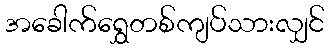
အခေါက်ရွှေတစ်ကျပ်သားလျှင်